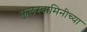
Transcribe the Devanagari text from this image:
कुलस्वामिनीच्या